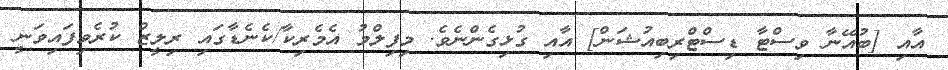
އާއި [ބުއޭނާ ވިސްޓާ ޑިސްޓްރިބިއުޝަން] އާއި ގުޅިގެންނެވެ. މިފިލްމު އެމެރިކާ/ކެނެޑާގައި ރިލީޒް ކުރެވިފައިވަނީ